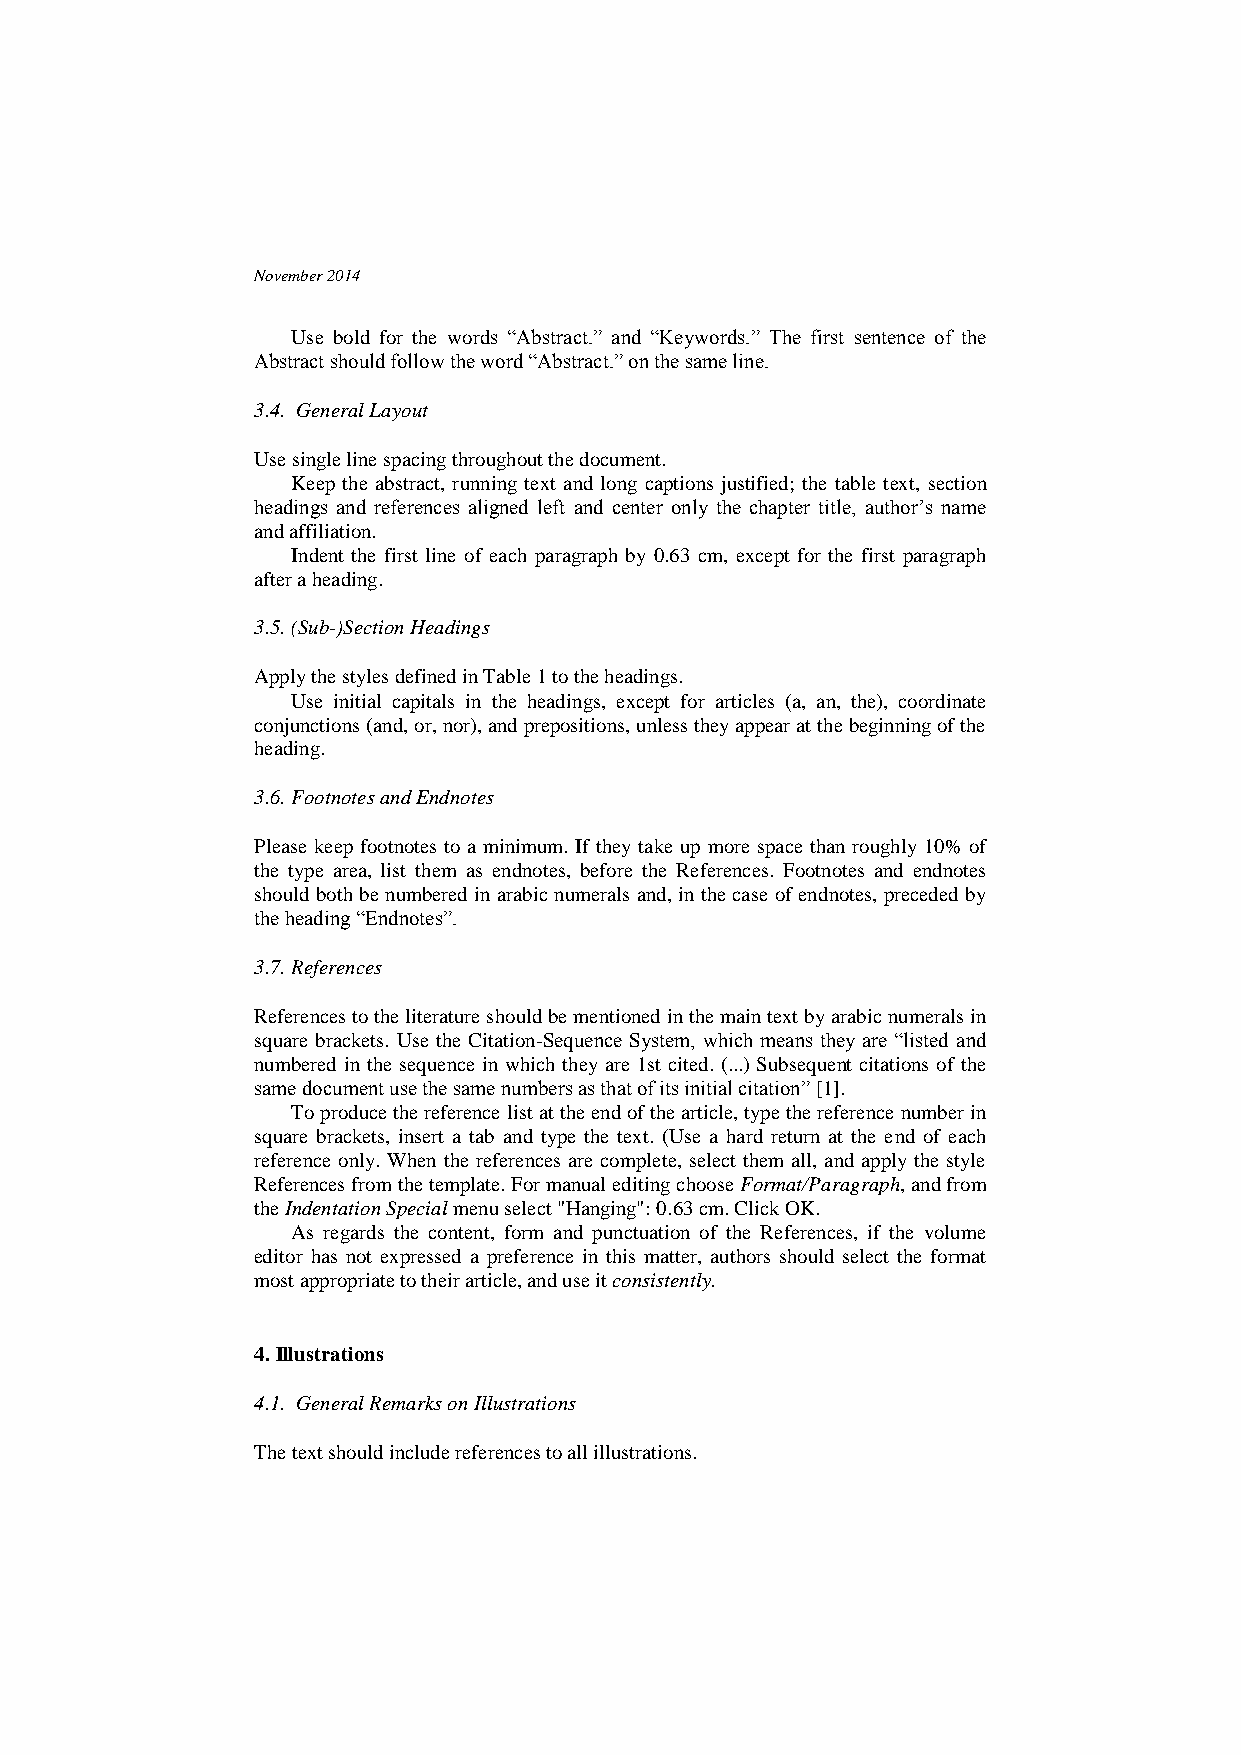
November 2014
 Use bold for the words “Abstract.” and “Keywords.” The first sentence of the
 Abstract should follow the word “Abstract.” on the same line.
 3.4. General Layout
 Use single line spacing throughout the document.
 Keep the abstract, running text and long captions justified; the table text, section
 headings and references aligned left and center only the chapter title, author’s name
 and affiliation.
 Indent the first line of each paragraph by 0.63 cm, except for the first paragraph
 after a heading.
 3.5. (Sub-)Section Headings
 Apply the styles defined in Table 1 to the headings.
 Use initial capitals in the headings, except for articles (a, an, the), coordinate
 conjunctions (and, or, nor), and prepositions, unless they appear at the beginning of the
 heading.
 3.6. Footnotes and Endnotes
 Please keep footnotes to a minimum. If they take up more space than roughly 10% of
 the type area, list them as endnotes, before the References. Footnotes and endnotes
 should both be numbered in arabic numerals and, in the case of endnotes, preceded by
 the heading “Endnotes”.
 3.7. References
 References to the literature should be mentioned in the main text by arabic numerals in
 square brackets. Use the Citation-Sequence System, which means they are “listed and
 numbered in the sequence in which they are 1st cited. (...) Subsequent citations of the
 same document use the same numbers as that of its initial citation” [1].
 To produce the reference list at the end of the article, type the reference number in
 square brackets, insert a tab and type the text. (Use a hard return at the end of each
 reference only. When the references are complete, select them all, and apply the style
 References from the template. For manual editing choose Format/Paragraph, and from
 the Indentation Special menu select "Hanging": 0.63 cm. Click OK.
 As regards the content, form and punctuation of the References, if the volume
 editor has not expressed a preference in this matter, authors should select the format
 most appropriate to their article, and use it consistently.
 4. Illustrations
 4.1. General Remarks on Illustrations
 The text should include references to all illustrations.